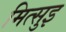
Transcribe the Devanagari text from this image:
मित्सुइ